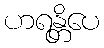
ဟရန္တိပေ